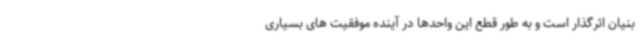
بنیان اثرگذار است و به طور قطع این واحدها در آینده موفقیت های بسیاری